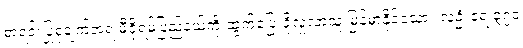
စာရင်းပြုစုချက်အရ မီဇိုရမ်ပြည်နယ်ကို ထွက်ပြေးခိုလှုံလာသူ မြန်မာနိုင်ငံသား လူဦးရေ ၃၇၀